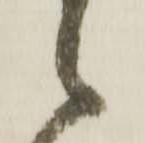
之